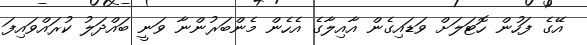
އޭގެ ފަހުން ހޮޓަލަށް ވަޑައިގެން އާއިލާގެ އެހެން މެންބަރުންނާ ވަނީ ބައްދަލު ކުރައްވައިފަ